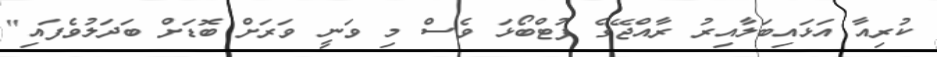
ކުރިއާ އަޅައިބަލާއިރު ރާއްޖޭގެ ފުޓްބޯޅަ ވެސް މި ވަނީ ވަރަށް ބޮޑަށް ބަދަލުވެފައި"